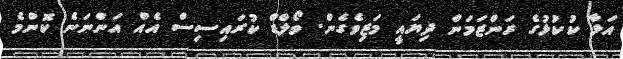
އަޅާ ކުކުޅުގެ ރަންޒަމަން ދިޔައީ މަޒިވެގެން. ވޯލްޑް ކުރައިިސިސް އެއް އަންނަނެ ކޮންމެ